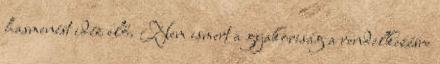
hasmenést idéz elő. Nem ismert a gyakoriság a rendelkezésre